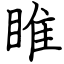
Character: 睢